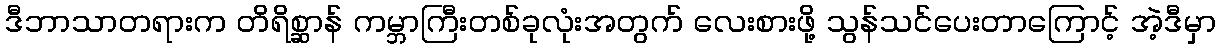
ဒီဘာသာတရားက တိရိစ္ဆာန် ကမ္ဘာကြီးတစ်ခုလုံးအတွက် လေးစားဖို့ သွန်သင်ပေးတာကြောင့် အဲ့ဒီမှာ